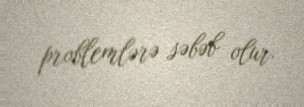
problemlərə səbəb olur.